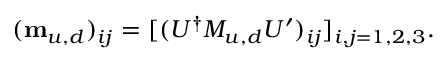
( \mathbf { m } _ { u , d } ) _ { i j } = [ ( U ^ { \dagger } M _ { u , d } U ^ { \prime } ) _ { i j } ] _ { i , j = 1 , 2 , 3 } .